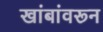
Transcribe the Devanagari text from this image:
खांबांवरून